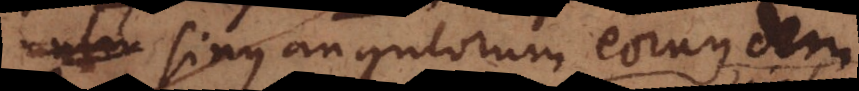
sinus angulorum eorundem